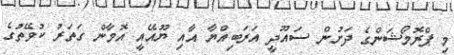
މި ޕްރޮމޯޝަންގެ ދަށުން ސައޫދީ އަރަބިއްޔާ އާއި ޔޫއޭއީ އޮމާން ގަތަރު ކުވޭތުގެ